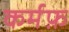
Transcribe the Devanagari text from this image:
कर्मफ़